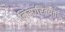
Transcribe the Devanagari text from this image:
निसर्गरम्यता